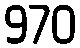
970